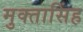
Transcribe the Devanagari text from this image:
मुक्तासिंह